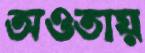
অওতায়